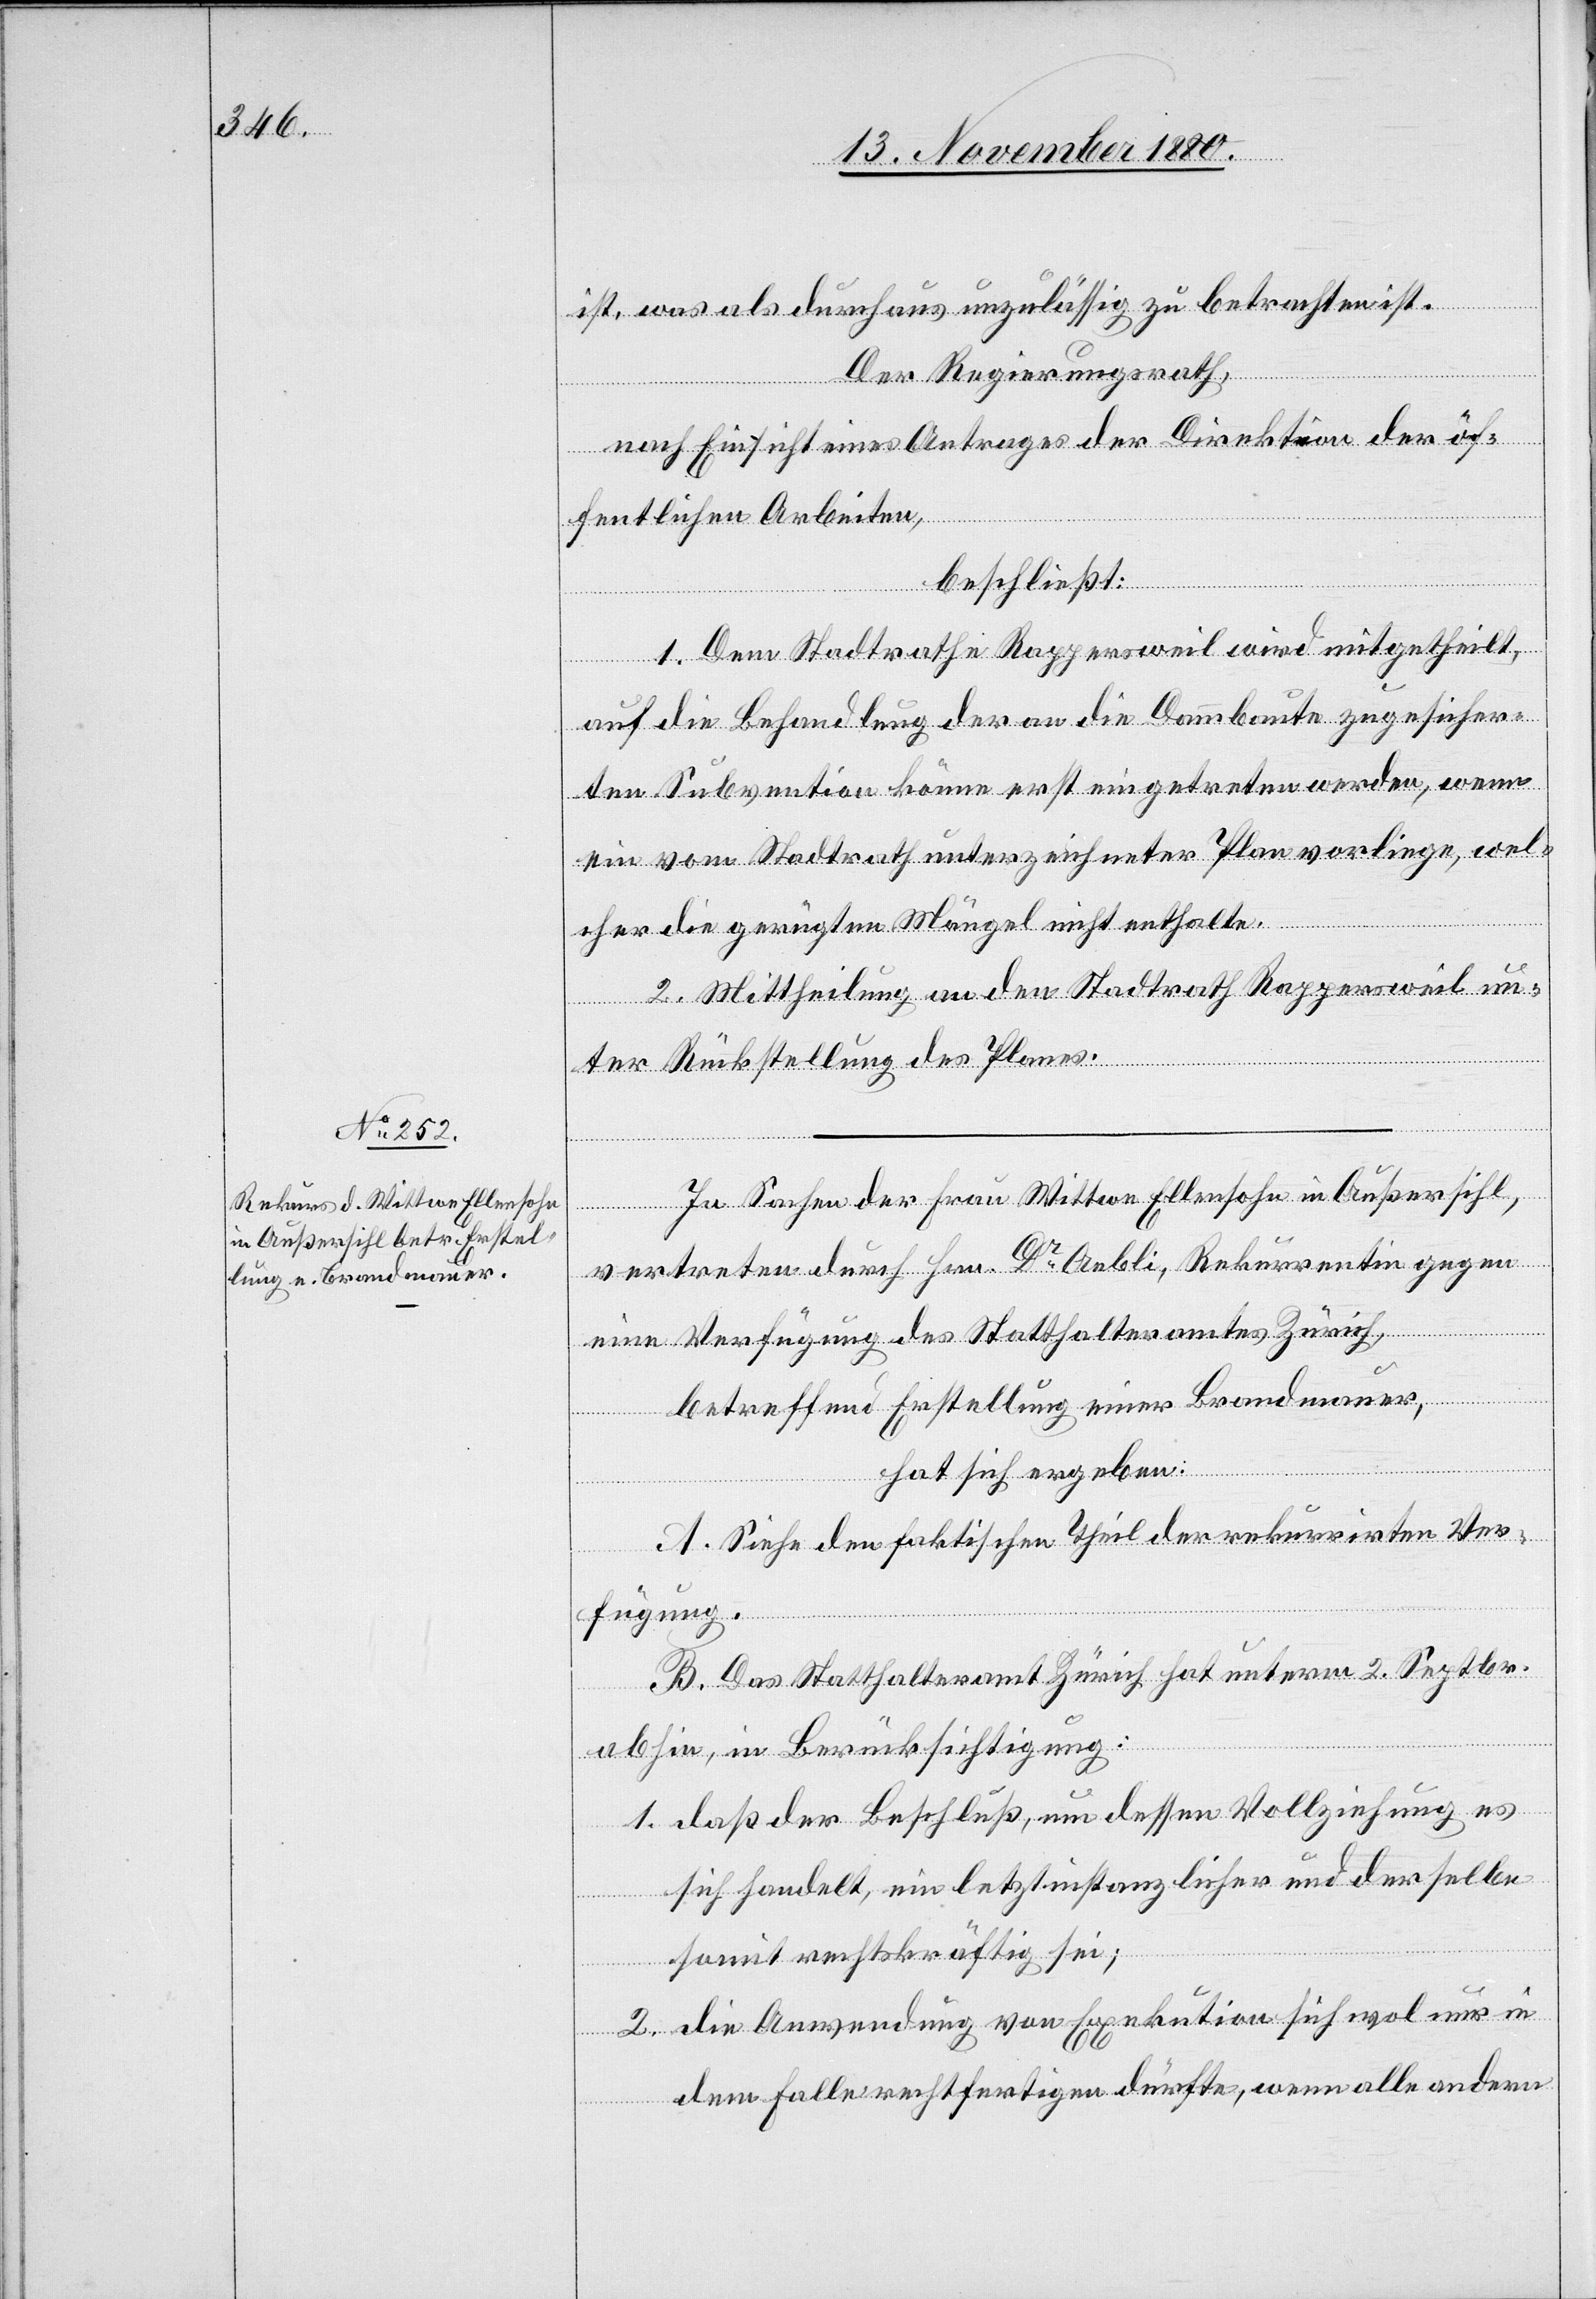
ist, was als durchaus unzulässig zu betrachten ist.
Der Regierungsrath,
nach Einsicht eines Antrages der Direktion der öf¬
fentlichen Arbeiten,
beschließt:
1. Dem Stadtrathe Rappersweil wird mitgetheilt,
auf die Behandlung der an die Dammbaute zugesicher¬
ten Subvention könne erst eingetreten werden, wenn
ein vom Stadtrath unterzeichneter Plan vorliege, wel¬
cher die gerügten Mängel nicht enthalte.
2. Mittheilung an den Stadtrath Rappersweil un¬
ter Rückstellung des Planes.
In Sachen der Frau Wittwe Ellensohn in Außersihl,
vertreten durch Hrn. Dr Aebli, Rekurrenten gegen
eine Verfügung des Statthalteramtes Zürich,
betreffend Erstellung einer Brandmauer,
hat sich ergeben:
A. Siehe den faktischen Theil der rekurrirten Ver¬
fügung.
B. Das Statthalteramt Zürich hat unterm 2. Septbr.
abhin, in Berücksichtigung:
1. daß der Beschluß, um dessen Vollziehung es
sich handelt, ein letztinstanzlicher und derselbe
somit rechtskräftig sei;
2. die Anwendung von Exekution sich wol nur in
dem Falle rechtfertigen dürfte, wenn alle andern